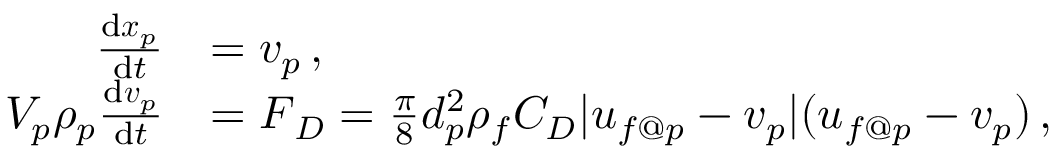
\begin{array} { r l } { \frac { \mathrm { d } \boldsymbol { x } _ { p } } { \mathrm { d } t } } & { = \boldsymbol { v } _ { p } \, , } \\ { V _ { p } \rho _ { p } \frac { \mathrm { d } \boldsymbol { v } _ { p } } { \mathrm { d } t } } & { = \boldsymbol { F } _ { D } = \frac { \pi } { 8 } d _ { p } ^ { 2 } \rho _ { f } C _ { D } | \boldsymbol { u } _ { f @ p } - \boldsymbol { v } _ { p } | ( \boldsymbol { u } _ { f @ p } - \boldsymbol { v } _ { p } ) \, , } \end{array}